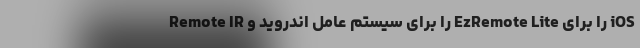
Remote IR را برای سیستم عامل اندروید و EzRemote Lite را برای iOS